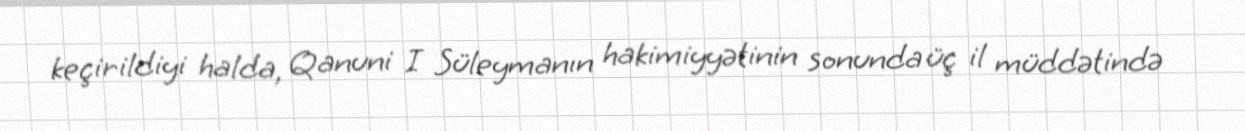
keçirildiyi halda, Qanuni I Süleymanın hakimiyyətinin sonunda üç il müddətində